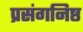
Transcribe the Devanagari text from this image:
प्रसंगनिष्ठ